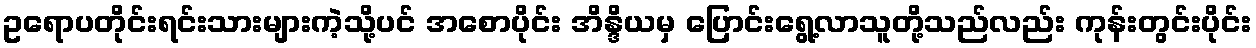
ဥရောပတိုင်းရင်းသားများကဲ့သို့ပင် အစောပိုင်း အိန္ဒိယမှ ပြောင်းရွေ့လာသူတို့သည်လည်း ကုန်းတွင်းပိုင်း